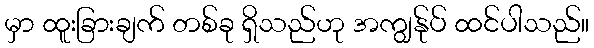
မှာ ထူးခြားချက် တစ်ခု ရှိသည်ဟု အကျွန်ုပ် ထင်ပါသည်။